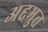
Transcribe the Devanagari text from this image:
अद्दभुत